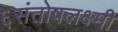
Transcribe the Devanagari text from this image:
६संतोषलक्ष्मी